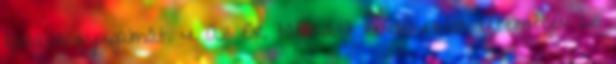
éjszakai nyugalmát. 4. Az Ör. támadott rendelkezései értelmében az